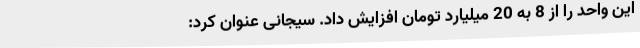
این واحد را از 8 به 20 میلیارد تومان افزایش داد. سیجانی عنوان کرد: